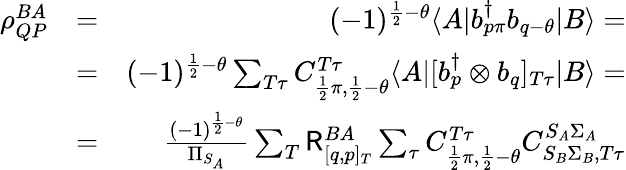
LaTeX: \begin{array}{rlr}{\rho_{QP}^{BA}}&{=}&{(-1)^{\frac{1}{2}-\theta}\langle A|b_{p\pi}^{\dagger}b_{q-\theta}|B\rangle=}\\ &{=}&{(-1)^{\frac{1}{2}-\theta}\sum_{T\tau}C_{\frac{1}{2}\pi,\frac{1}{2}-\theta}^{T\tau}\langle A|[b_{p}^{\dagger}\otimes b_{q}]_{T\tau}|B\rangle=}\\ &{=}&{\frac{(-1)^{\frac{1}{2}-\theta}}{\Pi_{S_{A}}}\sum_{T}\mathsf{R}_{[q,p]_{T}}^{BA}\sum_{\tau}C_{\frac{1}{2}\pi,\frac{1}{2}-\theta}^{T\tau}C_{S_{B}\Sigma_{B},T\tau}^{S_{A}\Sigma_{A}}}\end{array}